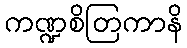
ကဏ္ဍစိတြကာနိ